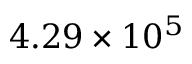
{ 4 . 2 9 \times 1 0 ^ { 5 } }